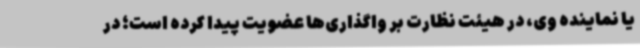
یا نماینده وی، در هیئت نظارت بر واگذاری‌ها عضویت پیدا کرده است؛ در